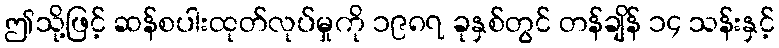
ဤသို့ဖြင့် ဆန်စပါးထုတ်လုပ်မှုကို ၁၉၈၇ ခုနှစ်တွင် တန်ချိန် ၁၄ သန်းနှင့်